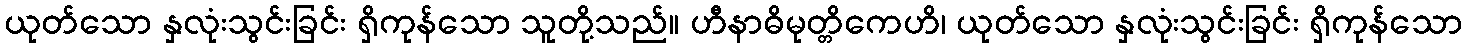
ယုတ်သော နှလုံးသွင်းခြင်း ရှိကုန်သော သူတို့သည်။ ဟီနာဓိမုတ္တိကေဟိ၊ ယုတ်သော နှလုံးသွင်းခြင်း ရှိကုန်သော